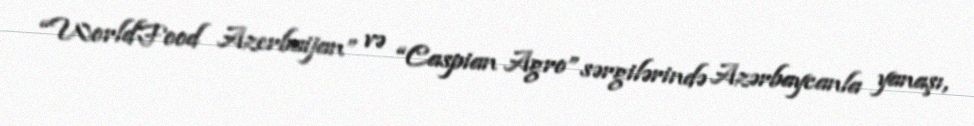
“WorldFood Azerbaijan” və “Caspian Agro” sərgilərində Azərbaycanla yanaşı,